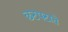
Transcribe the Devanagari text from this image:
छटपटाते